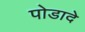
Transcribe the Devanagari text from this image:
पोडादे